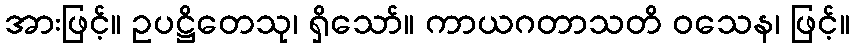
အားဖြင့်။ ဥပဋ္ဌိတေသု၊ ရှိသော်။ ကာယဂတာသတိ ဝသေန၊ ဖြင့်။